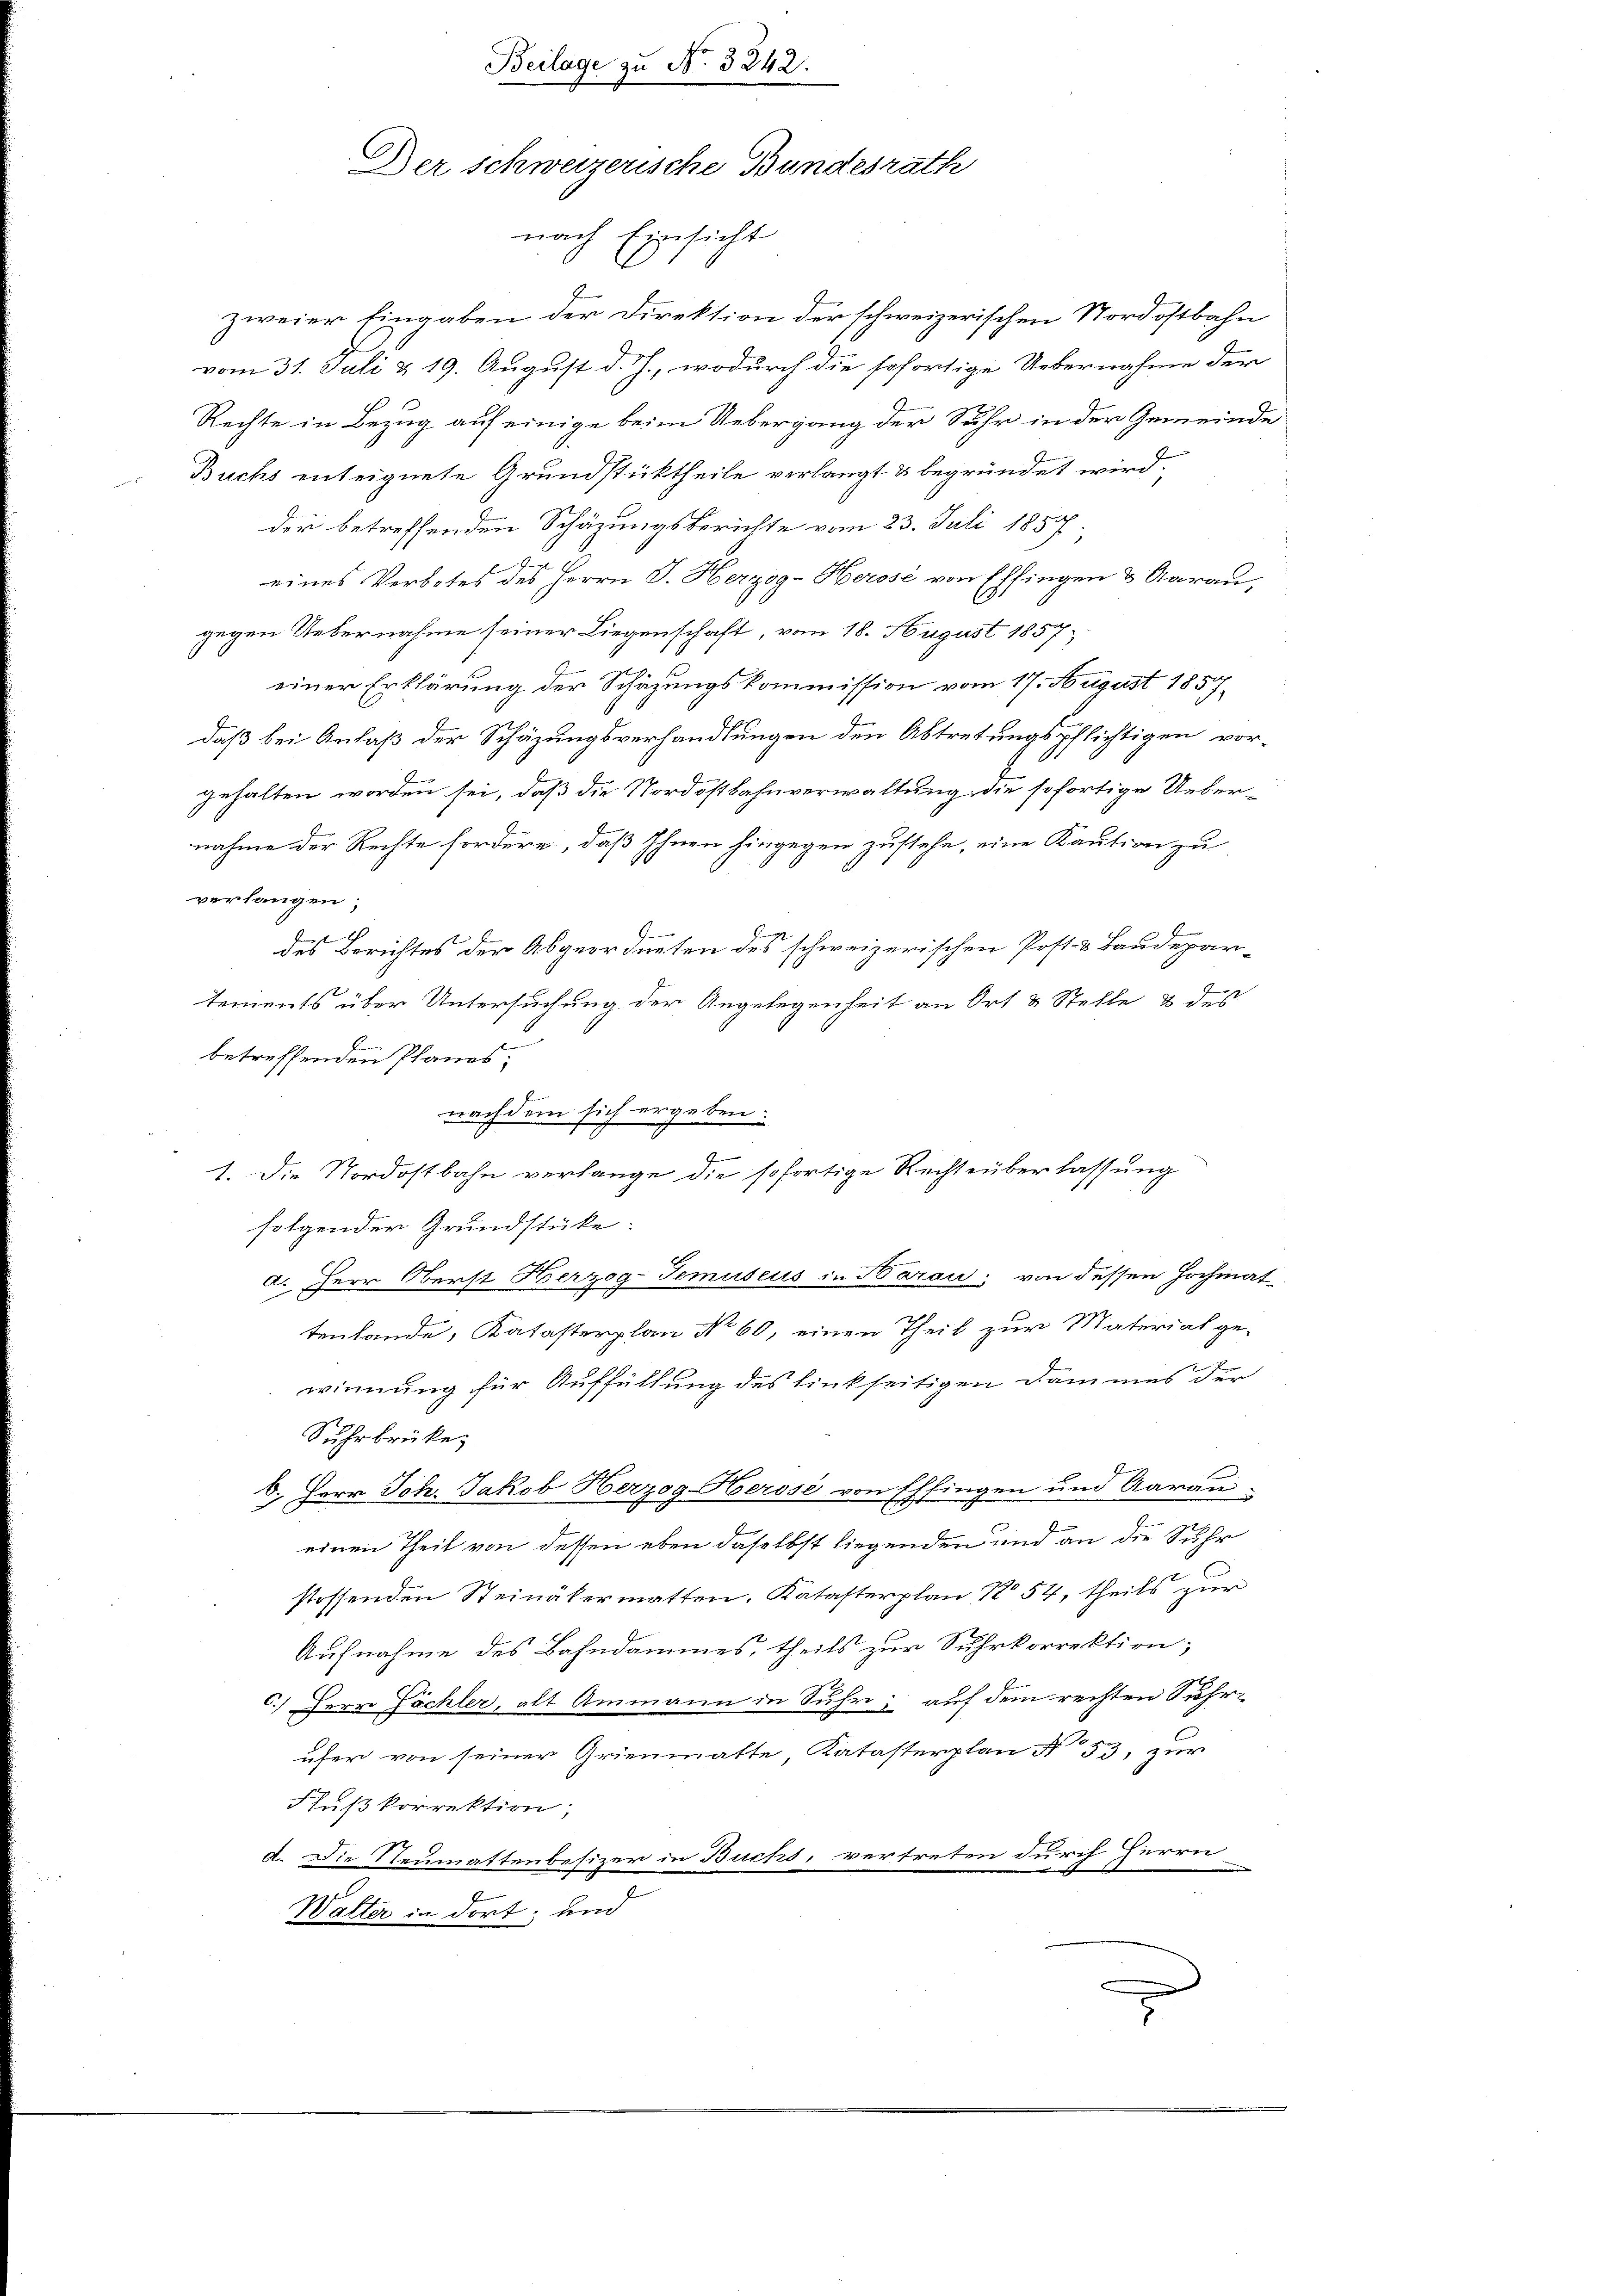
Beilage zu No. 3242.
Der schweizerische Bundesrath
nach Einsicht

zweier Eingaben der Direktion der schweizerischen Nordostbahn
vom 31. Juli & 19. August d. J., wodurch die sofortige Uebernahme der
Rechte in Bezug auf einige beim Uebergang der Suhr in der Gemeinde
Buchs enteignete Grundstücktheile verlangt & begründet wird.
der betreffenden Schäzungsberichte vom 23. Juli 1857
eines Verbotes des Herrn J. Herzog-Herose von Effingen & Aarau,
gegen Uebernahme seiner Liegenschaft, vom 18. August 1857;
einer Erklärung der Schäzungskommission vom 17. August 1857
daß bei Anlaß der Schäzungsverhandlungen den Abtretungspflichtigen vorgehalten worden sei, daß die Nordostbahnverwaltung die sofortige Ueber-
nahme der Rechte fordere, daß Ihnen hingegen zustehe, eine Kaution zu
verlangen;
J
des Berichtes der Abgeordneten des schweizerischen Post- & Baudepar-
J
tements über Untersuchung der Angelegenheit an Ort & Stelle & des
betreffenden Planes,
nachdem sich ergeben:
1. Die Nordostbahn verlange die sofortige Rechtsüberlassung
folgender Grundstücke:
a. Herr Oberst Herzog-Temuseus in Harau, von dessen Hochmattenlande, Katasterplan No 60, einen Theil zur Material ge-
winnung für Auffüllung des linkseitigen Dammes der
Suhrbrücke,
2
6. Herr Joh. Jakob Herzog-Herose von Effingen und Aarau
einen Theil von dessen eben daselbst liegenden und an die Sehr
stossenden Steinäkermatten, Katasterplan N 54, theils zur
Aufnahme des Bahndammes, theils zur Suhrkorrektion;
C.) Herr Fächler, alt Ammann in Suhr, auf dem rechten Suhrufer von seiner Grienmatte, Katasterplan N. 53, zur
Flußkorrektion;
a. Die Neumattenbesizer in Buchs, vertreten durch Herrn
Walter in dort, und